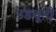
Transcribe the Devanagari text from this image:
उडवूनी